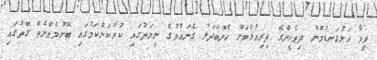
ވީމާ އަޅުގަނޑުމެން ދިވެހީންގެ ދިރިއުޅުމަށް ހެޔޮބަދަލު ގެނައުމުގެ ނިޔަތުގައި ކުރާކަންކަމުގައި ބޭނުމެއްނެތް ގޮތުގައި